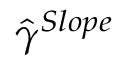
\hat { \gamma } ^ { S l o p e }